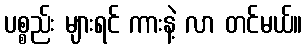
ပစ္စည်း များရင် ကားနဲ့ လာ တင်မယ်။